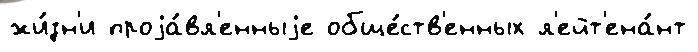
жи́зн'и проjа́вл'енныjе обще́ств'енных л'ейт'ена́нт